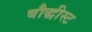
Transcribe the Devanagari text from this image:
बौद्धीस्ट